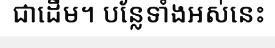
ជាដើម។ បន្លែទាំងអស់នេះ